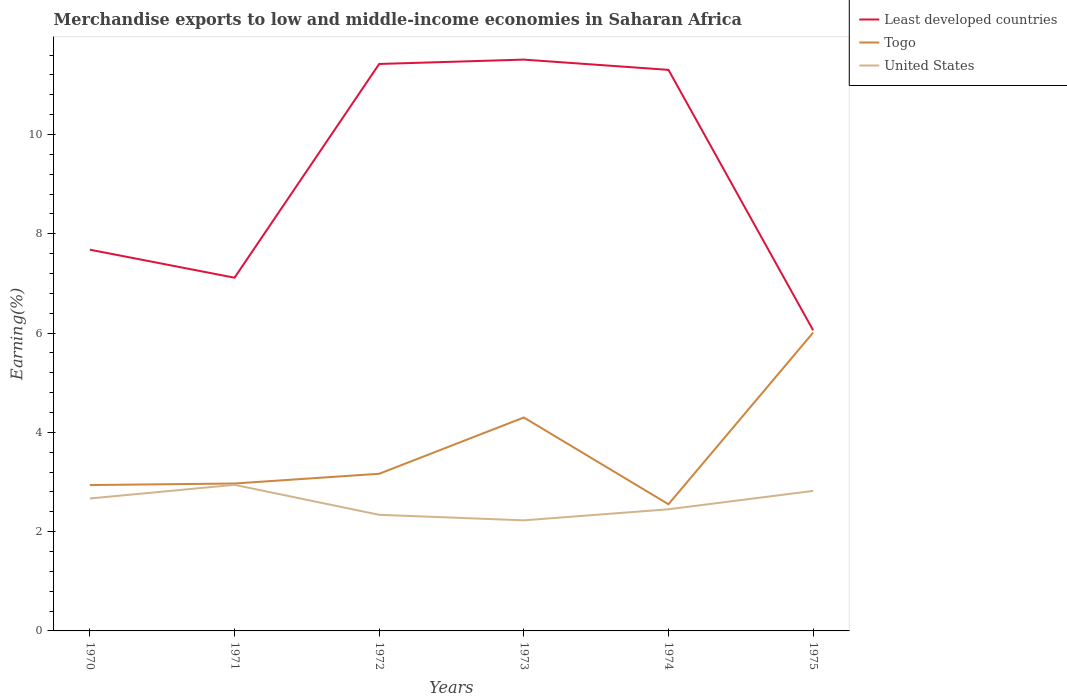
| Years | Least developed countries | Togo | United States |
 | --- | --- | --- | --- |
 | 1970 | 7.68 | 2.94 | 2.67 |
 | 1971 | 7.11 | 2.97 | 2.94 |
 | 1972 | 11.4 | 3.17 | 2.34 |
 | 1973 | 11.5 | 4.3 | 2.23 |
 | 1974 | 11.3 | 2.55 | 2.45 |
 | 1975 | 6.06 | 6.01 | 2.82 |